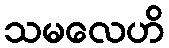
သမလေဟိ